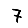
Digit: 7